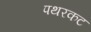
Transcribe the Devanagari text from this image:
पथरकट